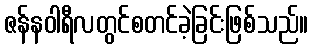
ဇန်နဝါရီလတွင်စတင်ခဲ့ခြင်းဖြစ်သည်။